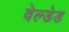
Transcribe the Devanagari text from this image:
वेल्डेड